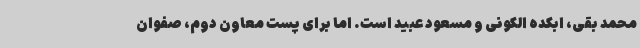
محمد بقی، ابکده الکونی و مسعود عبید است. اما برای پست معاون دوم، صفوان